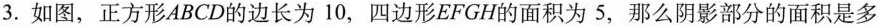
3. 如图，正方形ABCD的边长为10，四边形EFGH的面积为5，那么阴影部分的面积是多